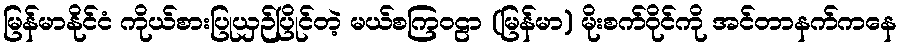
မြန်မာနိုင်ငံ ကိုယ်စားပြုယှဉ်ပြိုင်တဲ့ မယ်စကြဝဠာ (မြန်မာ) မိုးစက်ဝိုင်ကို အင်တာနက်ကနေ